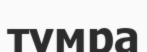
тумра